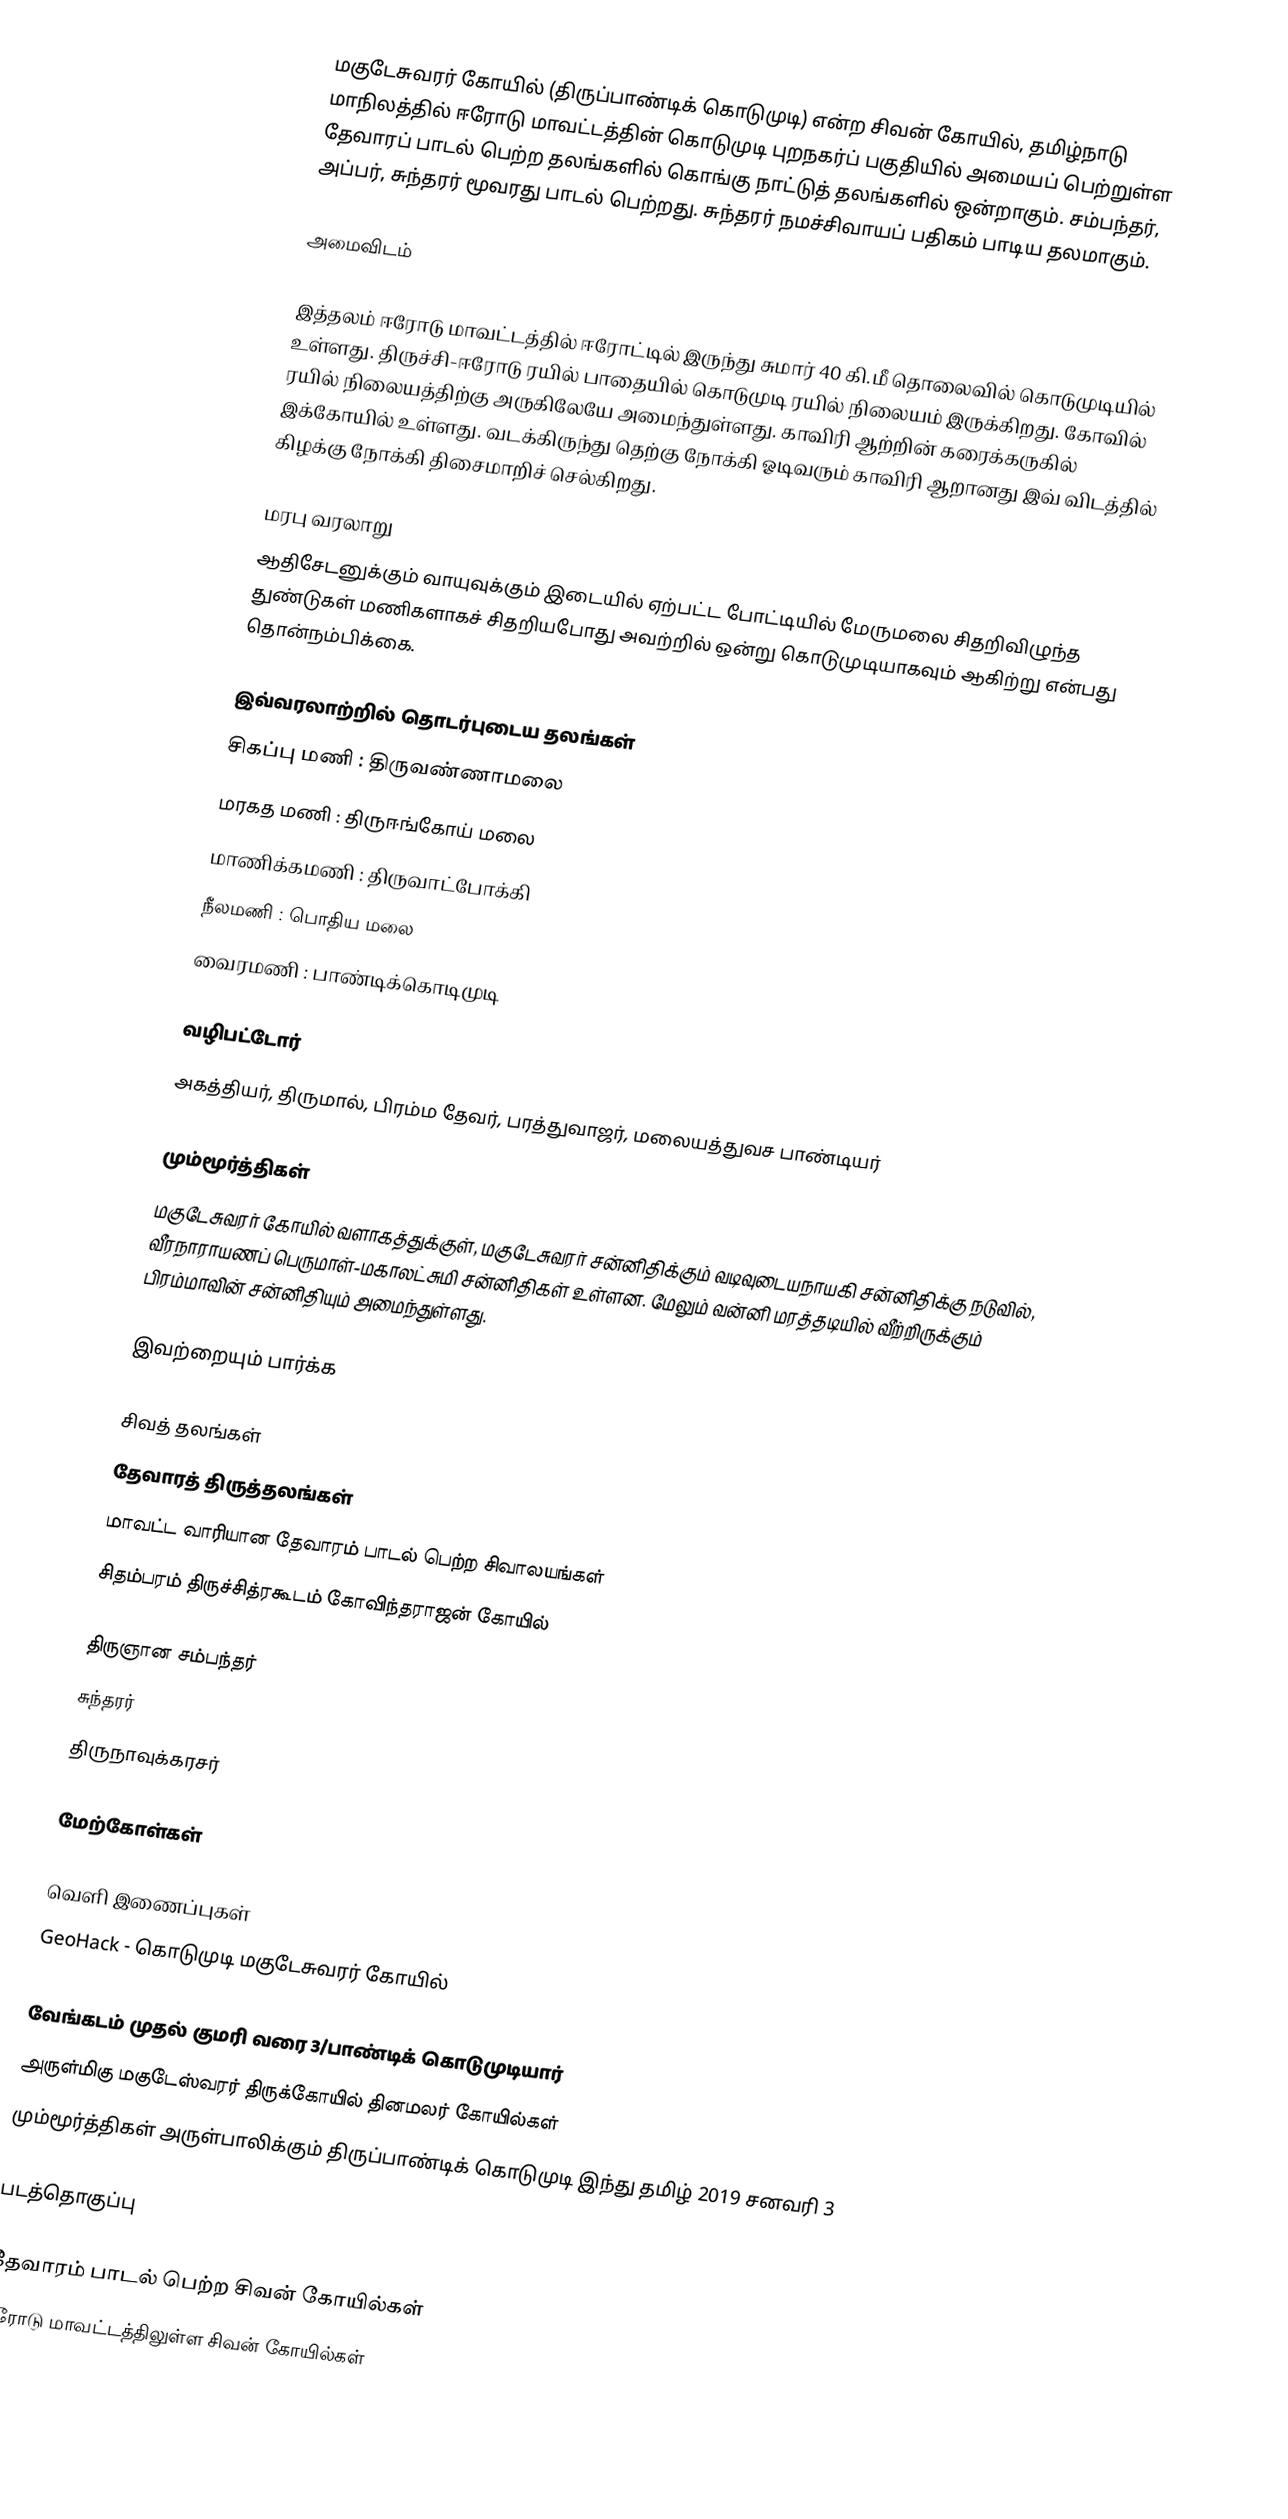
மகுடேசுவரர் கோயில் (திருப்பாண்டிக் கொடுமுடி) என்ற சிவன் கோயில், தமிழ்நாடு மாநிலத்தில் ஈரோடு மாவட்டத்தின் கொடுமுடி புறநகர்ப் பகுதியில் அமையப் பெற்றுள்ள தேவாரப் பாடல் பெற்ற தலங்களில் கொங்கு நாட்டுத் தலங்களில் ஒன்றாகும். சம்பந்தர், அப்பர், சுந்தரர் மூவரது பாடல் பெற்றது. சுந்தரர் நமச்சிவாயப் பதிகம் பாடிய தலமாகும்.

அமைவிடம்

இத்தலம் ஈரோடு மாவட்டத்தில் ஈரோட்டில் இருந்து சுமார் 40 கி.மீ தொலைவில் கொடுமுடியில் உள்ளது. திருச்சி-ஈரோடு ரயில் பாதையில் கொடுமுடி ரயில் நிலையம்  இருக்கிறது. கோவில் ரயில் நிலையத்திற்கு அருகிலேயே அமைந்துள்ளது. காவிரி ஆற்றின் கரைக்கருகில் இக்கோயில் உள்ளது. வடக்கிருந்து தெற்கு நோக்கி ஓடிவரும் காவிரி ஆறானது இவ் விடத்தில் கிழக்கு நோக்கி திசைமாறிச் செல்கிறது.

மரபு வரலாறு
ஆதிசேடனுக்கும் வாயுவுக்கும் இடையில் ஏற்பட்ட போட்டியில் மேருமலை சிதறிவிழுந்த  துண்டுகள் மணிகளாகச் சிதறியபோது அவற்றில் ஒன்று கொடுமுடியாகவும் ஆகிற்று என்பது தொன்நம்பிக்கை.

இவ்வரலாற்றில் தொடர்புடைய தலங்கள்
சிகப்பு மணி : திருவண்ணாமலை
மரகத மணி : திருஈங்கோய் மலை
மாணிக்கமணி : திருவாட்போக்கி
நீலமணி : பொதிய மலை
வைரமணி : பாண்டிக்கொடிமுடி

வழிபட்டோர்
அகத்தியர், திருமால், பிரம்ம தேவர், பரத்துவாஜர், மலையத்துவச பாண்டியர்

மும்மூர்த்திகள்
மகுடேசுவரர் கோயில் வளாகத்துக்குள், மகுடேசுவரர் சன்னிதிக்கும் வடிவுடையநாயகி சன்னிதிக்கு நடுவில், வீரநாராயணப் பெருமாள்-மகாலட்சுமி சன்னிதிகள் உள்ளன. மேலும் வன்னி மரத்தடியில் வீற்றிருக்கும் பிரம்மாவின் சன்னிதியும் அமைந்துள்ளது.

இவற்றையும் பார்க்க

 சிவத் தலங்கள்
 தேவாரத் திருத்தலங்கள்
 மாவட்ட வாரியான தேவாரம் பாடல் பெற்ற சிவாலயங்கள்
 சிதம்பரம் திருச்சித்ரகூடம் கோவிந்தராஜன் கோயில்

 திருஞான சம்பந்தர்
 சுந்தரர்
 திருநாவுக்கரசர்

மேற்கோள்கள்

வெளி இணைப்புகள்
 GeoHack - கொடுமுடி மகுடேசுவரர் கோயில்

வேங்கடம் முதல் குமரி வரை 3/பாண்டிக் கொடுமுடியார்
 அருள்மிகு மகுடேஸ்வரர் திருக்கோயில் தினமலர் கோயில்கள்
 மும்மூர்த்திகள் அருள்பாலிக்கும் திருப்பாண்டிக் கொடுமுடி இந்து தமிழ் 2019 சனவரி 3

படத்தொகுப்பு

தேவாரம் பாடல் பெற்ற சிவன் கோயில்கள்
ஈரோடு மாவட்டத்திலுள்ள சிவன் கோயில்கள்